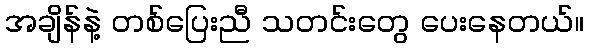
အချိန်နဲ့ တစ်ပြေးညီ သတင်းတွေ ပေးနေတယ်။